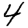
Digit: 4